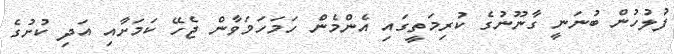
ފުލުހުން ބުނަނީ ގާނޫނުގެ ކުރިމަތީގައި އެންމެން ހަމަހަމަވާން ޖެހޭ ކަމަށާއި އަދި ކުށުގެ